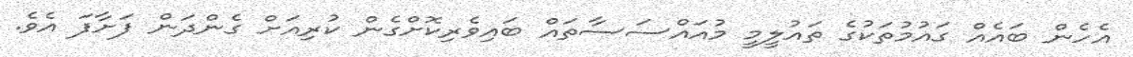
އެހެން ބައެއް ގައުމުތަކުގެ ތައުލީމީ މުއައްސަސާތައް ބައިވެރިކޮށްގެން ކުރިއަށް ގެންދަން ފަށާފަ އެވެ.